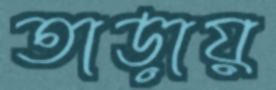
তাড়ায়